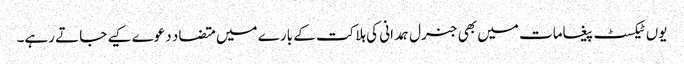
یوں ٹیکسٹ پیغامات میں بھی جنرل ہمدانی کی ہلاکت کے بارے میں متضاد دعوے کیے جاتے رہے۔